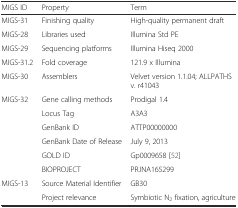
| MIGS ID | Property | Term |
 | --- | --- | --- |
 | MIGS-31 | Finishing quality | High-quality permanent draft |
 | MIGS-28 | Libraries used | Illumina Std PE |
 | MIGS-29 | Sequencing platforms | Illumina Hiseq 2000 |
 | MIGS-31.2 | Fold coverage | 121.9 x Illumina |
 | MIGS-30 | Assemblers | Velvet version 1.1.04; ALLPATHS v. r41043 |
 | MIGS-32 | Gene calling methods | Prodigal 1.4 |
 |  | Locus Tag | A3A3 |
 |  | GenBank ID | ATTP00000000 |
 |  | GenBank Date of Release | July 9, 2013 |
 |  | GOLD ID | Gp0009658 [52] |
 |  | BIOPROJECT | PRJNA165299 |
 | MIGS-13 | Source Material Identifier | GB30 |
 |  | Project relevance | Symbiotic N2 fixation, agriculture |